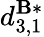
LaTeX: d_{3,1}^{\mathbf{B}*}